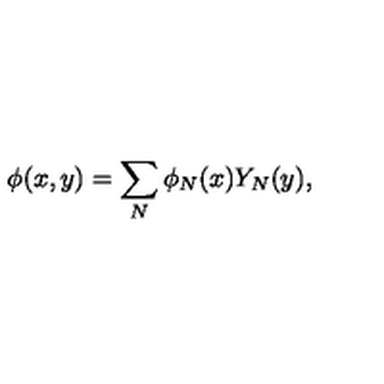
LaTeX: \phi ( x , y ) = \sum _ { N } \phi _ { N } ( x ) Y _ { N } ( y ) ,